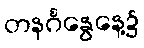
တနင်္ဂနွေနေ့၌